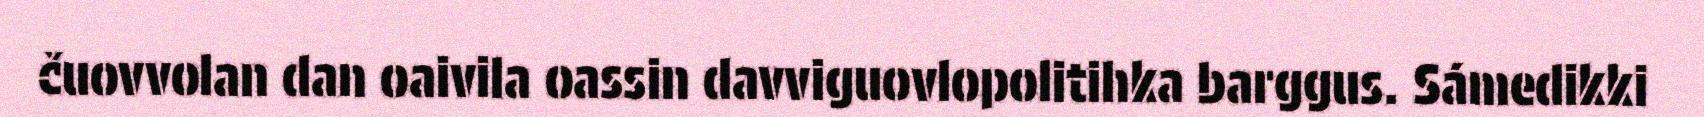
čuovvolan dan oaivila oassin davviguovlopolitihka barggus. Sámedikki